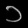
Digit: ၁